Annual report of the Prince of Wales Medical College, Patna
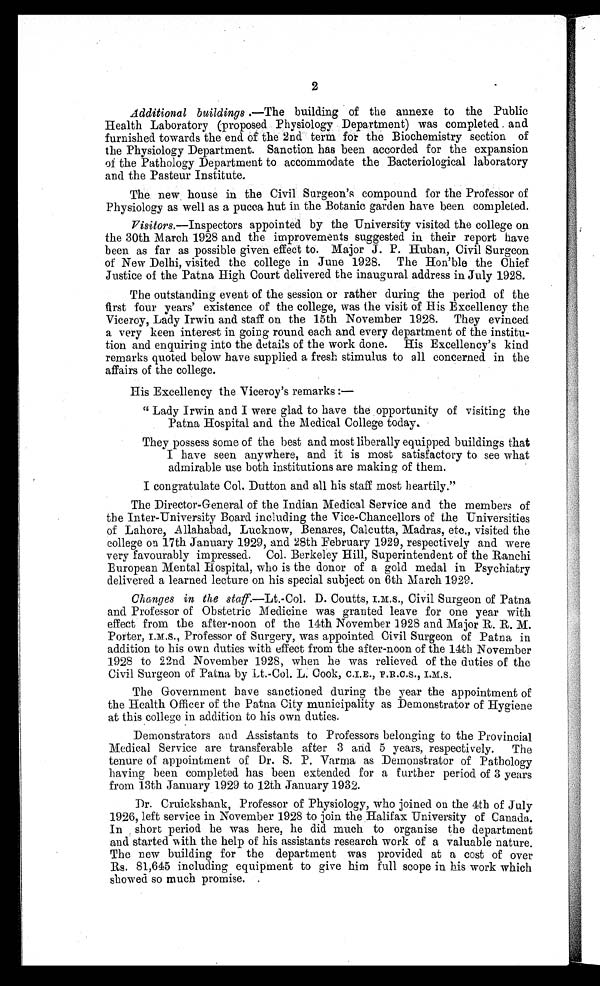
2
Additional buildings .—The building of the annexe to the Public
Health Laboratory (proposed Physiology Department) was completed and
furnished towards the end of the 2nd term for the Biochemistry section of
the Physiology Department. Sanction has been accorded for the expansion
of the Pathology Department to accommodate the Bacteriological laboratory
and the Pasteur Institute.
The new house in the Civil Surgeon’s compound for the Professor of
Physiology as well as a pucca hut in the Botanic garden have been completed.
Visitors .—Inspectors appointed by the University visited the college on
the 30th March 1928 and the improvements suggested in their report have
been as far as possible given effect to. Major J. P. Huban, Civil Surgeon
of New Delhi, visited the college in June 1928. The Hon’ble the Chief
Justice of the Patna High Court delivered the inaugural address in July 1928.
The outstanding event of the session or rather during the period of the
first four years’ existence of the college, was the visit of His Excellency the
Viceroy, Lady Irwin and staff on the 15th November 1928. They evinced
a very keen interest in going round each and every department of the institu--
tion and enquiring into the details of the work done. His Excellency’s kind
remarks quoted below have supplied a fresh stimulus to all concerned in the
affairs of the college.
His Excellency the Viceroy’s remarks :—
“ Lady Irwin and I were glad to have the opportunity of visiting the
Patna Hospital and the Medical College today.
They possess some of the best and most liberally equipped buildings that
I have seen anywhere, and it is most satisfactory to see what
admirable use both institutions are making of them.
I congratulate Col. Dutton and all his staff most heartily.”
The Director-General of the Indian Medical Service and the members of
the Inter-University Board including the Vice-Chancellors of the Universities
of Lahore, Allahabad, Lucknow, Benares, Calcutta, Madras, etc., visited the
college on 17th January 1929, and 28th February 1929, respectively and were
very favourably impressed. Col. Berkeley Hill, Superintendent of the Ranchi
European Mental Hospital, who is the donor of a gold medal in Psychiatry
delivered a learned lecture on his special subject on 6th March 1929.
Changes in the staff.—Lt.-Col. D. Coutts, I.M.S., Civil Surgeon of Patna
and Professor of Obstetric Medicine was granted leave for one year with
effect from the after-noon of the 14th November 1928 and Major R. R. M.
P o r t e r , I . M. S . , P r o f e s s o r o f S u r g e r y , wa s a p p o i n t e d C i v i l S u r g e o n o f P a t n a i n
addition to his own duties with effect from the after-noon of the 14th November
1928 to 22nd November 1928, when he was relieved of the duties of the
Civil Surgeon of Patna by Lt.-Col. L. Cook, C.I.E., F.R.C.S., I.M.S.
The Government have sanctioned during the year the appointment of
the Health Officer of the Patna City municipality as Demonstrator of Hygiene
at this college in addition to his own duties.
Demonstrators and Assistants to Professors belonging to the Provincial
Medical Service are transferable after 3 and 5 years, respectively. The
tenure of appointment of Dr. S. P. Varma as Demonstrator of Pathology
having been completed has been extended for a further period of 3 years
from 13th January 1929 to 12th January 1932.
Dr. Cruickshank, Professor of Physiology, who joined on the 4th of July
1926, left service in November 1928 to join the Halifax University of Canada.
In short period he was here, he did much to organise the department
and started with the help of his assistants research work of a valuable nature.
The new building for the department was provided at a cost of over
Rs. 81,645 including equipment to give him full scope in his work which
showed so much promise.